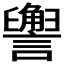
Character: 𬣏